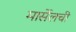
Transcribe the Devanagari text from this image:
मार्सेलची